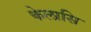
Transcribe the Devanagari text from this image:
केलासि